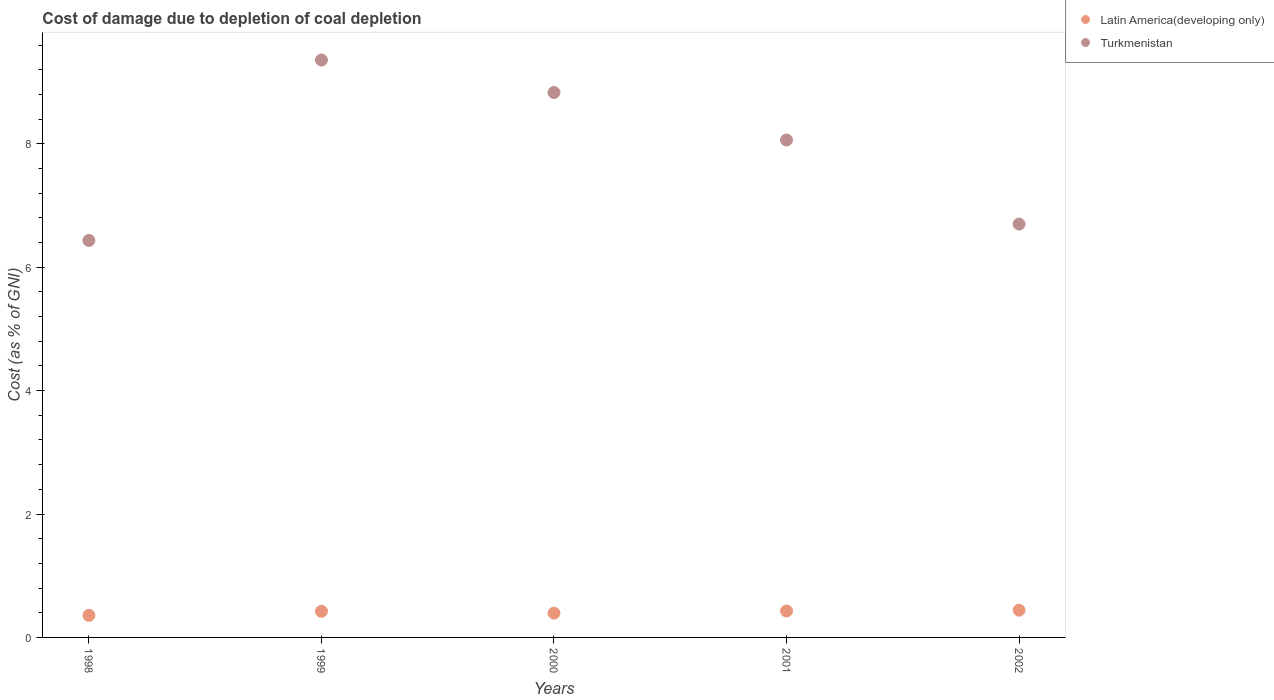
| Years | Latin America(developing only) | Turkmenistan |
 | --- | --- | --- |
 | 1998 | 0.358 | 6.43 |
 | 1999 | 0.424 | 9.36 |
 | 2000 | 0.394 | 8.83 |
 | 2001 | 0.429 | 8.06 |
 | 2002 | 0.442 | 6.7 |